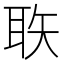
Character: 聅